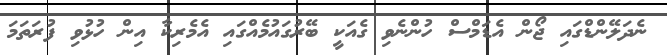
ނެދަލޭންޑްގައި ޖޯން އެޑަމްސް ހުންނެވި ގެއަކީ ބޭރުގައުމެއްގައި އެމެރިކާ އިން ހުޅުވި ފުރަތަމަ